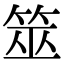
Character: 筮